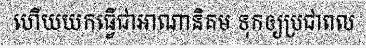
ហើយយកធ្វើជាអាណានិគម ទុកឲ្យប្រជាពល